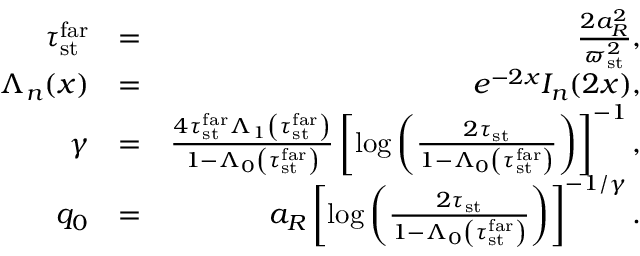
\begin{array} { r l r } { \tau _ { \mathrm { s t } } ^ { \mathrm { f a r } } } & { = } & { \frac { 2 a _ { R } ^ { 2 } } { \varpi _ { \mathrm { s t } } ^ { 2 } } , } \\ { \Lambda _ { n } ( x ) } & { = } & { e ^ { - 2 x } I _ { n } ( 2 x ) , } \\ { \gamma } & { = } & { \frac { 4 \tau _ { \mathrm { s t } } ^ { \mathrm { f a r } } \Lambda _ { 1 } \left( \tau _ { \mathrm { s t } } ^ { \mathrm { f a r } } \right) } { 1 - \Lambda _ { 0 } \left( \tau _ { \mathrm { s t } } ^ { \mathrm { f a r } } \right) } \left[ \log \left( \frac { 2 \tau _ { \mathrm { s t } } } { 1 - \Lambda _ { 0 } \left( \tau _ { \mathrm { s t } } ^ { \mathrm { f a r } } \right) } \right) \right] ^ { - 1 } , } \\ { q _ { 0 } } & { = } & { a _ { R } \left[ \log \left( \frac { 2 \tau _ { \mathrm { s t } } } { 1 - \Lambda _ { 0 } \left( \tau _ { \mathrm { s t } } ^ { \mathrm { f a r } } \right) } \right) \right] ^ { - 1 / \gamma } . } \end{array}